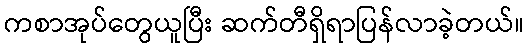
ကစာအုပ်တွေယူပြီး ဆက်တီရှိရာပြန်လာခဲ့တယ်။